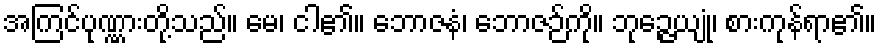
အကြင်ပုဏ္ဏားတို့သည်။ မေ၊ ငါ၏။ ဘောဇနံ၊ ဘောဇဉ်ကို။ ဘုဉ္ဇေယျုံ၊ စားကုန်ရာ၏။